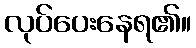
လုပ်ပေးနေရ၏။